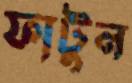
ফাটুন